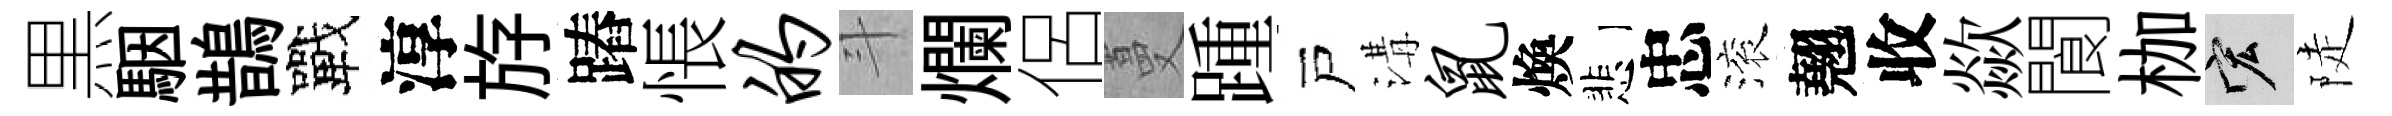
黒駰鵲戰淳斿蹖悵的斗爛侶蔓踵戸溝鼠煥悲忠滚翹收歘閬枷宏陡